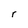
Character: r